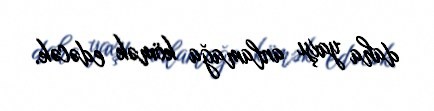
daha yaxşı anlamağa kömək edəcək.